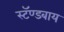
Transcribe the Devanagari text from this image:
स्टॅण्डबाय